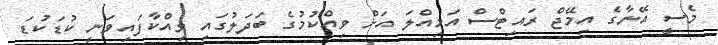
މެސީ އޭނާގެ އިމޭޖް ރައިޓްސް އަމިއްލަ އަށް ވިއްކުމުގެ ބަދަލުގައި ވިއްކާފައިވަނީ ކުޑަކުޑަ